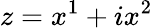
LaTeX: z=x^{1}+ix^{2}